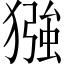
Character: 𪻈